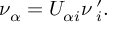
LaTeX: \nu _ { \alpha } = U _ { \alpha i } \nu \, _ { i } ^ { \prime } .